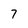
Character: 7